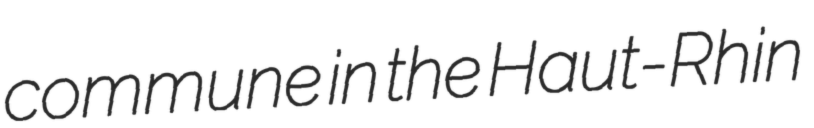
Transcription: commune in the Haut-Rhin